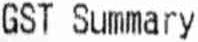
GST SUMMARY